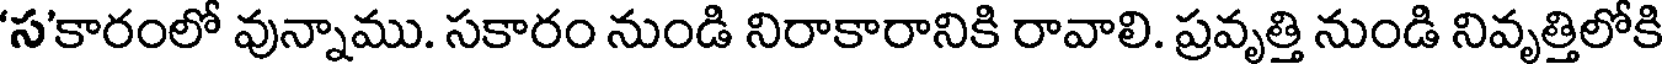
'స'కారంలో వున్నాము. సకారం నుండి నిరాకారానికి రావాలి. ప్రవృత్తి నుండి నివృత్తిలోకి